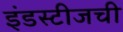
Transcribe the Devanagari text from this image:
इंडस्टीजची